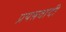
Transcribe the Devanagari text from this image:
प्रयत्नवादी